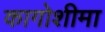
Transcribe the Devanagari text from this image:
कागोशीमा